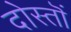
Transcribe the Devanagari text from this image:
दोस्तॊं